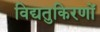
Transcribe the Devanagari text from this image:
विद्यतुकिरणों